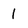
Character: 1